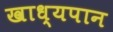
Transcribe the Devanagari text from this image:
खाध्यपान